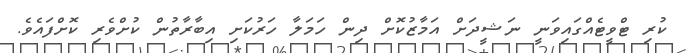
ކުރި ޓްވީޓެއްގައިވަނީ ނަޝީދަށް އަމާޒުކޮށް ދިން ހަމަލާ ހަރުކަށި އިބާރާތުން ކުށްވެރި ކޮށްފައެވެ.